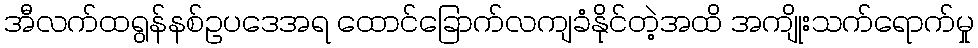
အီလက်ထရွန်နစ်ဥပဒေအရ ထောင်ခြောက်လကျခံနိုင်တဲ့အထိ အကျိုးသက်ရောက်မှု